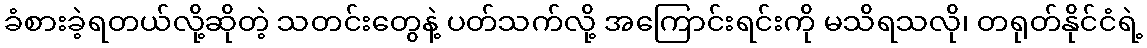
ခံစားခဲ့ရတယ်လို့ဆိုတဲ့ သတင်းတွေနဲ့ ပတ်သက်လို့ အကြောင်းရင်းကို မသိရသလို၊ တရုတ်နိုင်ငံရဲ့